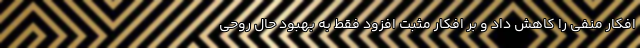
افکار منفی را کاهش داد و بر افکار مثبت افزود فقط به بهبود حال روحی